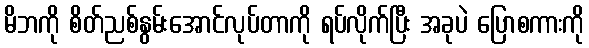
မိဘကို စိတ်ညစ်နွမ်းအောင်လုပ်တာကို ရပ်လိုက်ပြီး အခုပဲ ပြောစကားကို